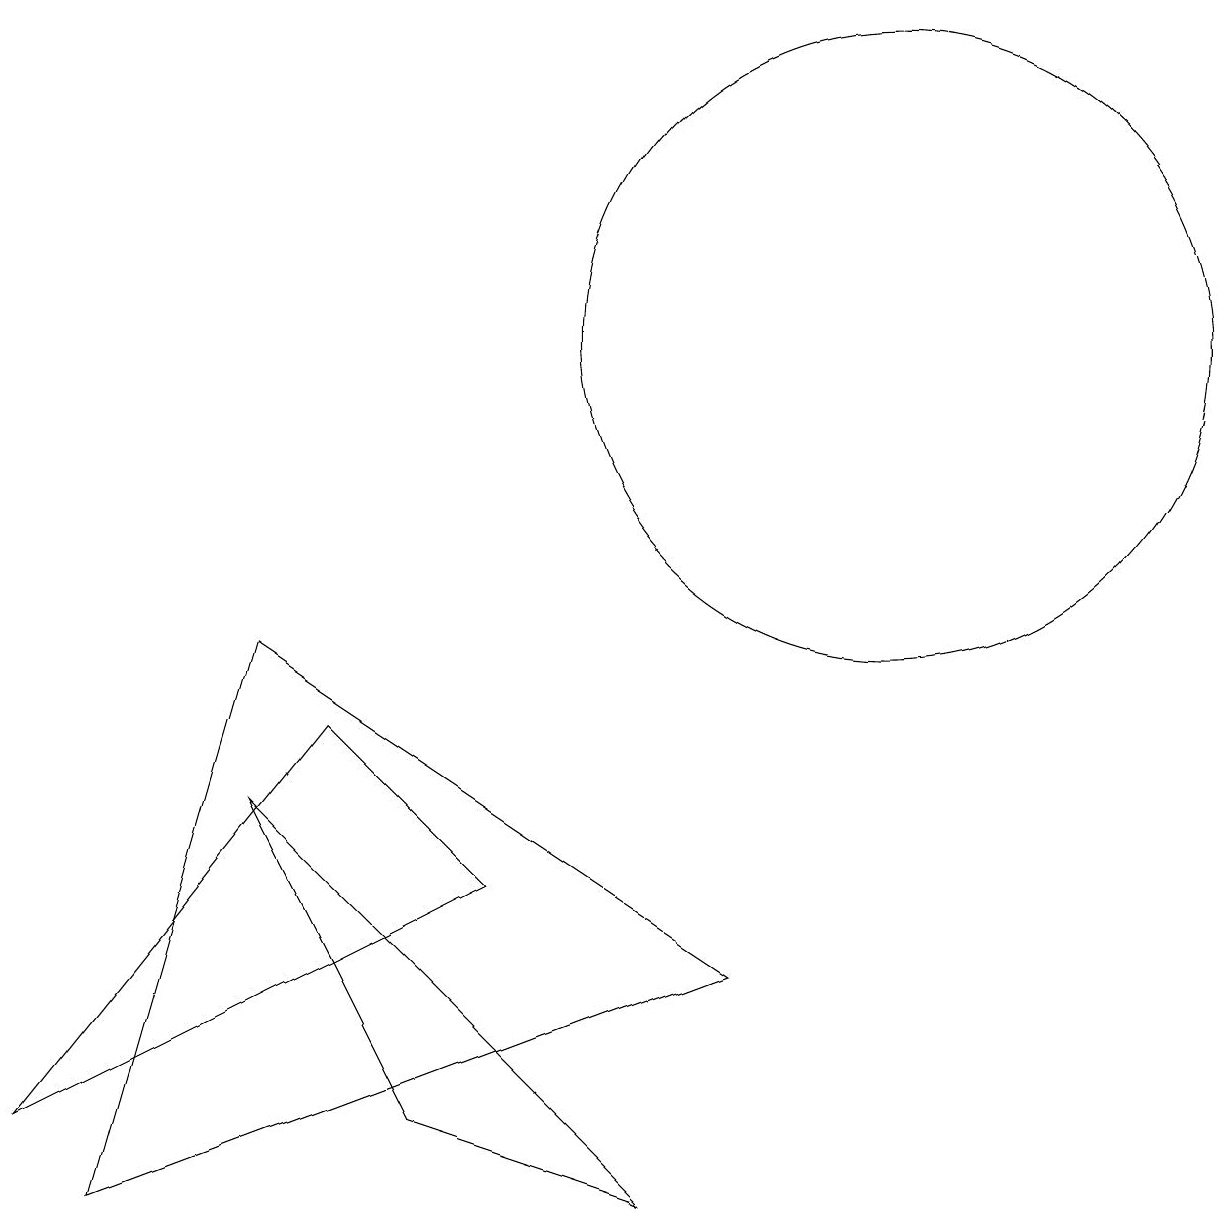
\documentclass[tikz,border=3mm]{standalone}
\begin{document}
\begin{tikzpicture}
\draw (6,5) -- (0,2) -- (4,7) -- cycle;
\draw (8,1) -- (3,6) -- (5,2) -- cycle;
\draw (9,4) -- (3,8) -- (1,1) -- cycle;
\draw (11,12) circle (4);
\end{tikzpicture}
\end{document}